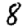
Digit: 8